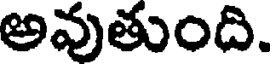
అవుతుంది.